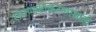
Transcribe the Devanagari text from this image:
संगणकीकरणासाठी